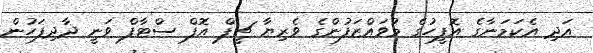
އަދި އެކަމަނާގެ އޮފީހުގެ މުވައްޒަފުންގެ ވެރިޔާ ޗީފް އޮފް ސްޓާފް ވަނީ ދާދިފަހުން